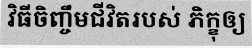
វិធីចិញ្ចឹមជីវិតរបស់ ភិក្ខុឲ្យ